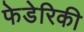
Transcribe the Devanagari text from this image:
फेडेरिकी